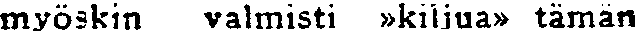
myöskin valmisti »kiljua» tämän